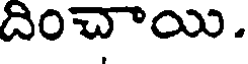
దించాయి.